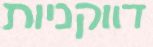
דווקניות